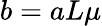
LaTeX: b=aL\mu